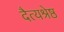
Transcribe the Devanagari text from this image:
दैत्यश्रेष्ठ